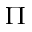
\Pi